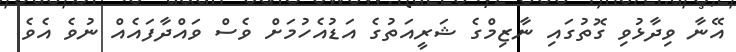
އޭނާ ވިދާޅުވި ގޮތުގައި ނާޒިމްގެ ޝަރީއަތުގެ އަޑުއެހުމަށް ވެސް ވައްދާފައެއް ނުވެ އެވެ.